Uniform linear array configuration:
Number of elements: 32
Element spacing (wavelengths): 0.5
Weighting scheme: hamming
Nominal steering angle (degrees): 0
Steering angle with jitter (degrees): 1.633
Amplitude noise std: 0.05
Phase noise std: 0.05

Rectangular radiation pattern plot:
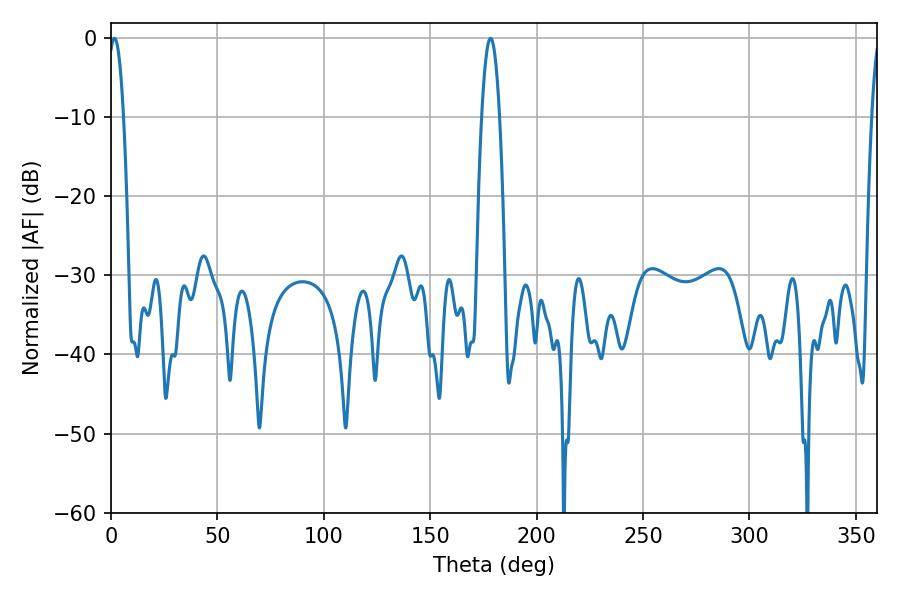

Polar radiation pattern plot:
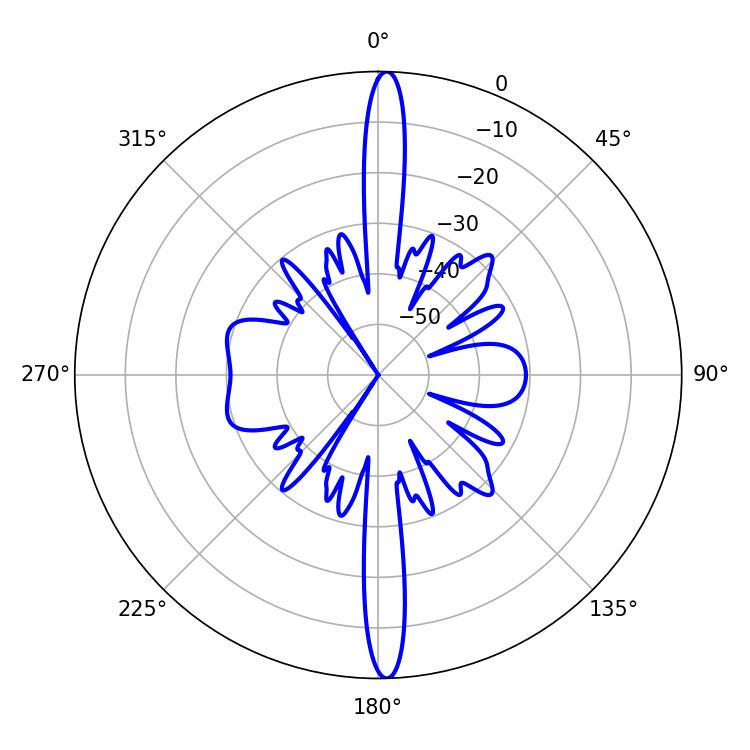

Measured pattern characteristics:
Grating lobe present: FALSE
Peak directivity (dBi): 26.081
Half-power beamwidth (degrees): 4.68
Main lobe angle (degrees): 178.38